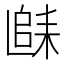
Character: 𲉐